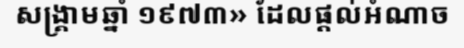
សង្គ្រាមឆ្នាំ ១៩៧៣» ដែលផ្តល់អំណាច